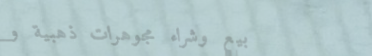
بيع وشراء مجوهرات ذهبية و